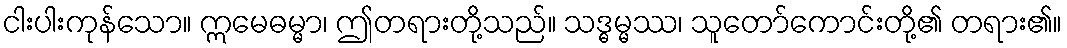
ငါးပါးကုန်သော။ ဣမေဓမ္မာ၊ ဤတရားတို့သည်။ သဒ္ဓမ္မဿ၊ သူတော်ကောင်းတို့၏ တရား၏။